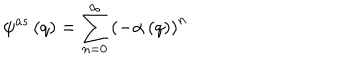
\psi ^ { a s } \left( q \right) = \sum _ { n = 0 } ^ { \infty } \left( - \alpha \left( q \right) \right) ^ { n }